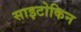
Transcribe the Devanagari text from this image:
साइटोकिन